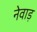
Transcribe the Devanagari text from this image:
नेवाड़